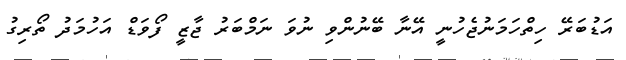
އަޑުބަރޭ ހިތްހަމަނުޖެހުނީ އޭނާ ބޭނުންވި ނުވަ ނަމްބަރު ޖާޒީ ފޯވަޑް އަހުމަދު ތޯރިގު